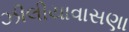
ઝીલીયાવાસણા